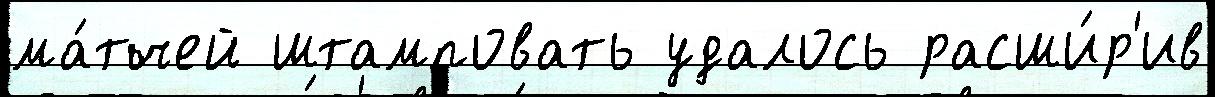
ма́тчей штамповать удалось расши́р'ив